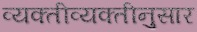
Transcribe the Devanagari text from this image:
व्यक्तीव्यक्तीनुसार